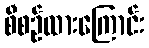
စီစဉ်ထားကြောင်း